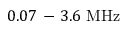
0 . 0 7 \mathrm { ~ - ~ } 3 . 6 ~ \mathrm { M H z }